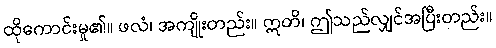
ထိုကောင်းမှု၏။ ဖလံ၊ အကျိုးတည်း။ ဣတိ၊ ဤသည်လျှင်အပြီးတည်း။